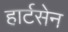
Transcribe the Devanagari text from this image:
हार्टसेन